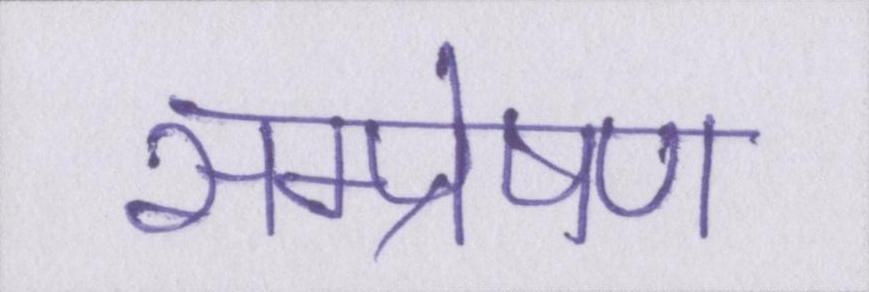
सम्प्रेषण